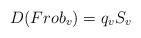
LaTeX: \begin{align*}D(Frob_v)= q_v S_v\end{align*}